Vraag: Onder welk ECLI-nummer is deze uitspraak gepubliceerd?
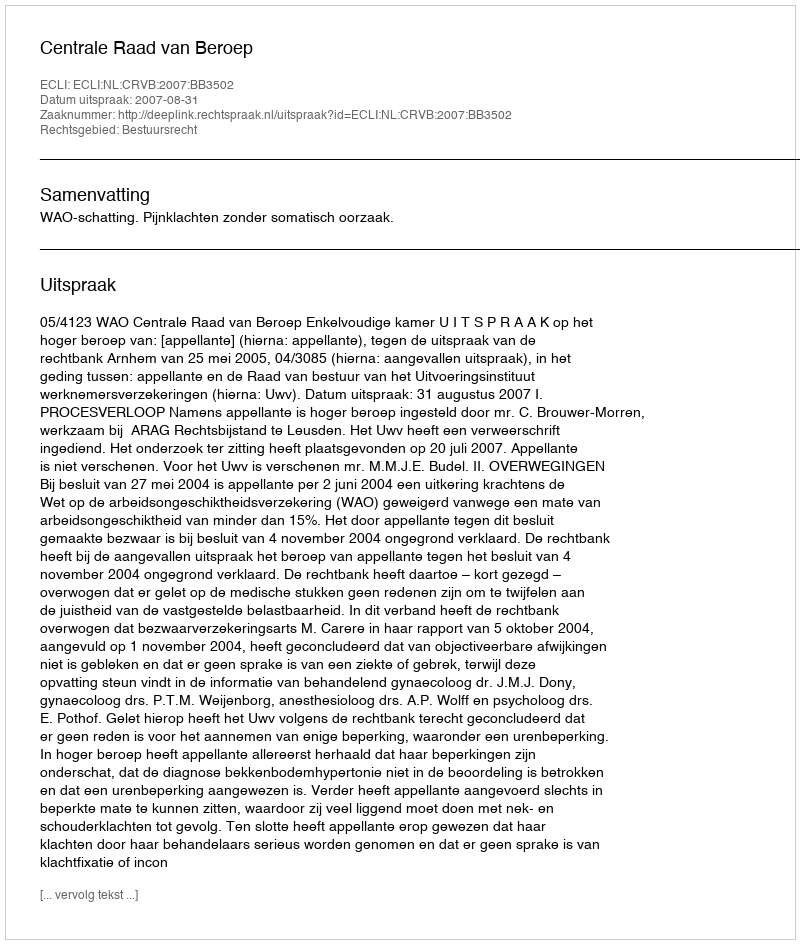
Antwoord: ECLI:NL:CRVB:2007:BB3502